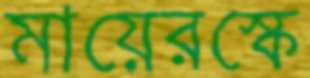
মায়েরস্কে